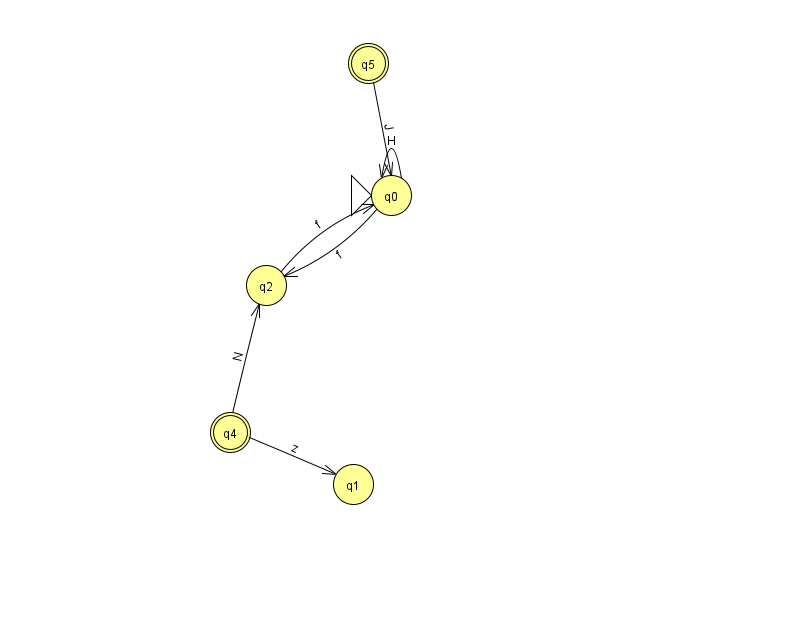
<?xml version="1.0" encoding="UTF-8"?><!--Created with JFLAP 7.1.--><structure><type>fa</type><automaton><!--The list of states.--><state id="0" name="q0"><x>391.0</x><y>182.0</y><initial/></state><state id="1" name="q1"><x>353.0</x><y>471.0</y></state><state id="2" name="q2"><x>266.0</x><y>272.0</y></state><state id="3" name="q3"><x>846.0</x><y>535.0</y></state><state id="4" name="q4"><x>230.0</x><y>419.0</y><final/></state><state id="5" name="q5"><x>368.0</x><y>50.0</y><final/></state><!--The list of transitions.--><transition><from>4</from><to>2</to><read>N</read></transition><transition><from>4</from><to>1</to><read>z</read></transition><transition><from>0</from><to>2</to><read>f</read></transition><transition><from>2</from><to>0</to><read>f</read></transition><transition><from>0</from><to>0</to><read>H</read></transition><transition><from>3</from><to>3</to><read>O</read></transition><transition><from>5</from><to>0</to><read>J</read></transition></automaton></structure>